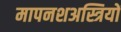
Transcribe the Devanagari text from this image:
मापनशअस्त्रियों